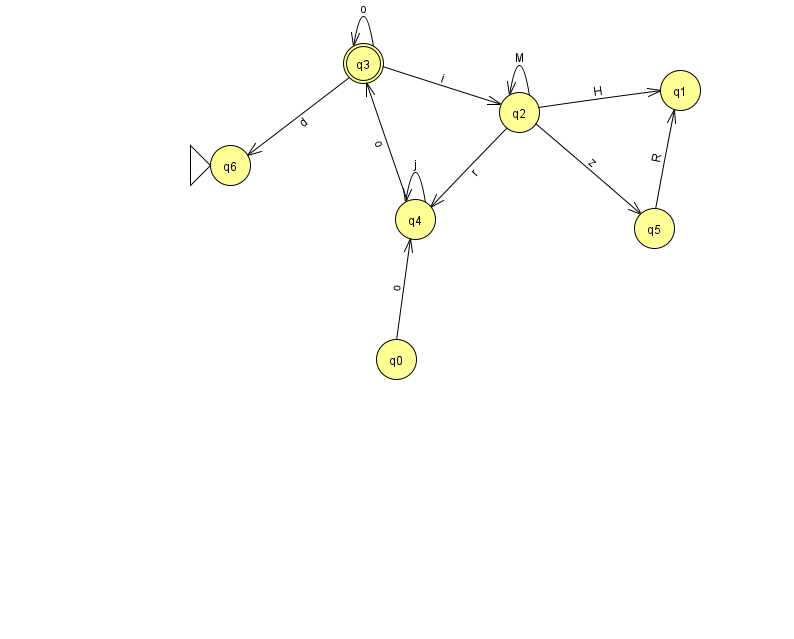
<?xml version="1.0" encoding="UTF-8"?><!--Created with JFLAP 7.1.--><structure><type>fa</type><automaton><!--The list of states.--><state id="0" name="q0"><x>396.0</x><y>346.0</y></state><state id="1" name="q1"><x>680.0</x><y>77.0</y></state><state id="2" name="q2"><x>519.0</x><y>99.0</y></state><state id="3" name="q3"><x>363.0</x><y>50.0</y><final/></state><state id="4" name="q4"><x>415.0</x><y>206.0</y></state><state id="5" name="q5"><x>654.0</x><y>215.0</y></state><state id="6" name="q6"><x>230.0</x><y>152.0</y><initial/></state><!--The list of transitions.--><transition><from>0</from><to>4</to><read>o</read></transition><transition><from>4</from><to>3</to><read>o</read></transition><transition><from>5</from><to>1</to><read>R</read></transition><transition><from>2</from><to>1</to><read>H</read></transition><transition><from>3</from><to>2</to><read>i</read></transition><transition><from>3</from><to>6</to><read>d</read></transition><transition><from>2</from><to>5</to><read>z</read></transition><transition><from>4</from><to>4</to><read>j</read></transition><transition><from>2</from><to>4</to><read>r</read></transition><transition><from>2</from><to>2</to><read>M</read></transition><transition><from>3</from><to>3</to><read>o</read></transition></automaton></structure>